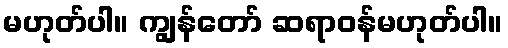
မဟုတ်ပါ။ ကျွန်တော် ဆရာဝန်မဟုတ်ပါ။